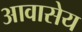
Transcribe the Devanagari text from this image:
आवासेय